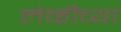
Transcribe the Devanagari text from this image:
लेव्हीच्या